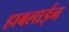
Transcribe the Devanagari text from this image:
हाबलाईन